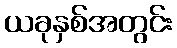
ယခုနှစ်အတွင်း